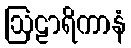
ဩဠာရိကာနံ